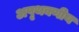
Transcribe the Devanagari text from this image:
अपृथक्णीय